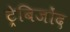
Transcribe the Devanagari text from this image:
ट्रेबिजोंद